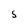
Character: S